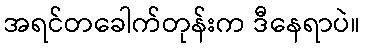
အရင်တခေါက်တုန်းက ဒီနေရာပဲ။